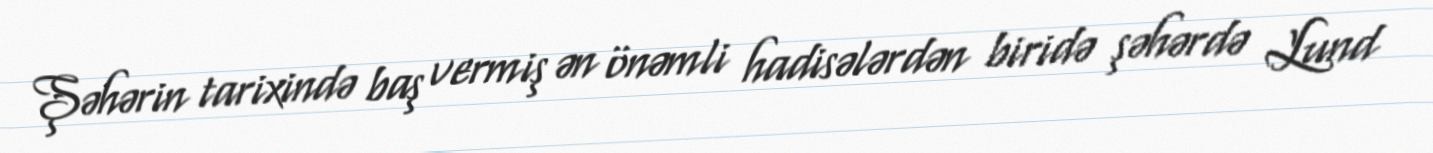
Şəhərin tarixində baş vermiş ən önəmli hadisələrdən biridə şəhərdə Lund